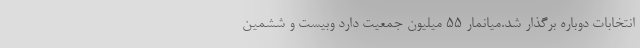
انتخابات دوباره برگذار شد.میانمار ۵۵ میلیون جمعیت دارد وبیست و ششمین